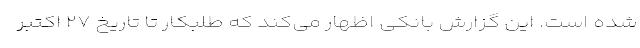
شده است. این گزارش بانکی اظهار می‌کند که طلبکار تا تاریخ ۲۷ اکتبر